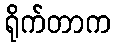
ရိုက်တာက